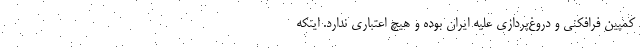
کمپین فرافکنی و دروغ‌پردازی علیه ایران بوده و هیچ اعتباری ندارد. اینکه